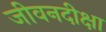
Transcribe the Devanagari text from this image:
जीवनदीक्षा